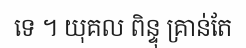
ទេ ។ យុគល ពិន្ទុ គ្រាន់តែ